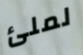
لملئ